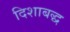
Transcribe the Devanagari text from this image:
दिशाबद्ध